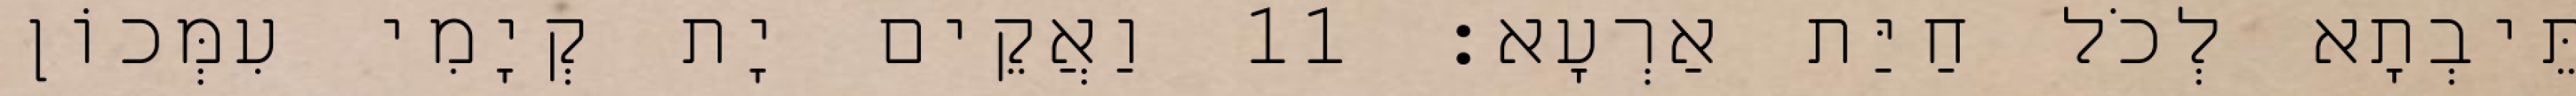
תֵּיבְתָא לְכֹל חַיַּת אַרְעָא׃ 11 וַאֲקֵים יָת קְיָמִי עִמְּכוֹן